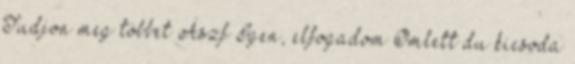
Tudjon meg többet Ászf Igen, elfogadom Omlett du kicsoda